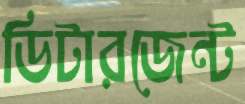
ডিটারজেন্ট